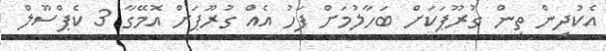
އެކުދިން ތިން ގުރޫޕަކަށް ބަހާލުމަށް ފަހު އެއް ގުރޫޕަށް އޮމޭގާ 3 ކެޕްސޫލް